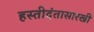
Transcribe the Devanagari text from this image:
हस्तीदंतासारखी